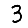
Digit: 3